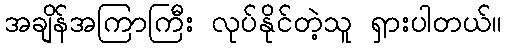
အချိန်အကြာကြီး လုပ်နိုင်တဲ့သူ ရှားပါတယ်။